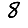
Digit: 8